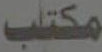
مكتب